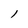
Character: l